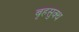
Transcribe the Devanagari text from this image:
बृहसुक्थ